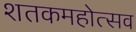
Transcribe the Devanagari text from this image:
शतकमहोत्सव